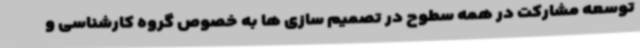
توسعه مشارکت در همه سطوح در تصمیم سازی ها به خصوص گروه کارشناسی و